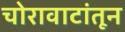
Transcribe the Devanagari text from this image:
चोरावाटांतून